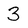
Character: 3